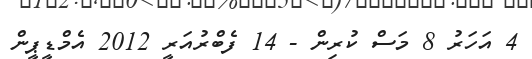
4 އަހަރު 8 މަސް ކުރިން - 14 ފެބްރުއަރީ 2012 އެމްޑީޕީން